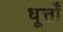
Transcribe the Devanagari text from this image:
धूर्त्तों